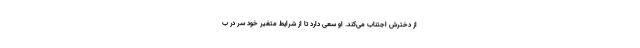
از دخترش اجتناب می‌کند. او سعی دارد تا از شرایط متغیر خود سر در ب